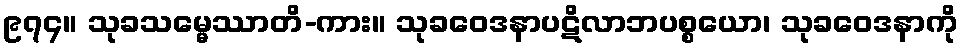
၉၇၄။ သုခသမ္မေဿာတိ-ကား။ သုခဝေဒနာပဋိလာဘပစ္စယော၊ သုခဝေဒနာကို